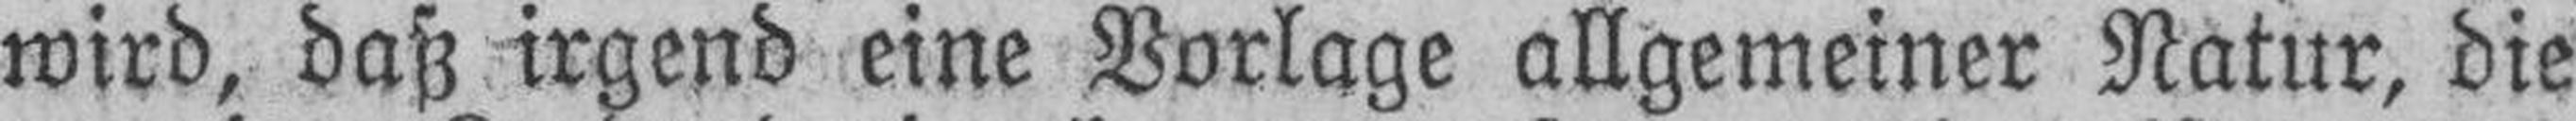
wird, daß irgend eine Vorlage allgemeiner Natur, die